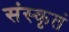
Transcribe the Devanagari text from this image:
संस्कृतं